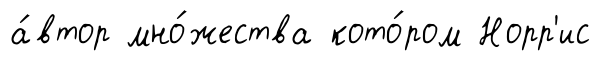
а́втор мно́жества кото́ром Норр'ис